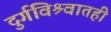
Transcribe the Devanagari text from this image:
दुर्गविश्र्वातही